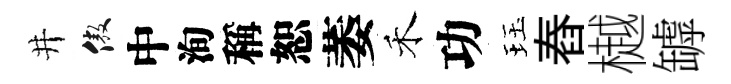
井傲中洵稱恕萎禾功珏舂樾罅